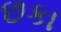
છકા